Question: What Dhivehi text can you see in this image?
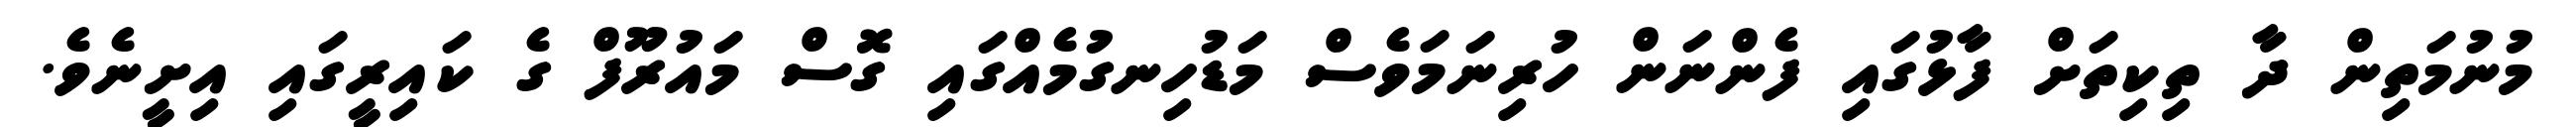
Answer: މުނުމަތިން ދާ ތިކިތަށް ފާޅުގައި ފެންނަން ހުރިނަމަވެސް މަޑުހިނގުމެއްގައި ގޮސް މައުރޫފް ގެ ކައިރީގައި އިށީނެވެ.